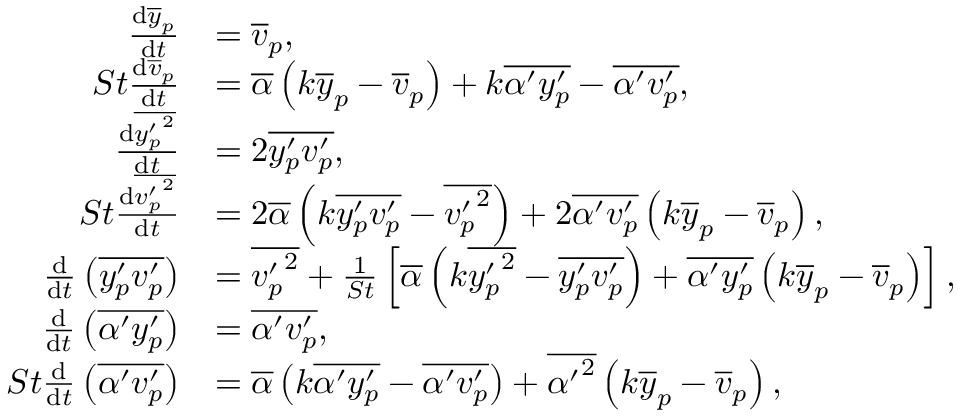
\begin{array} { r l } { \frac { \mathrm { d } \overline { { y } } _ { p } } { \mathrm { d } t } } & { = \overline { { v } } _ { p } , } \\ { S t \frac { \mathrm { d } \overline { { v } } _ { p } } { \mathrm { d } t } } & { = \overline { { \alpha } } \left( k \overline { { y } } _ { p } - \overline { { v } } _ { p } \right) + k \overline { { \alpha ^ { \prime } y _ { p } ^ { \prime } } } - \overline { { \alpha ^ { \prime } v _ { p } ^ { \prime } } } , } \\ { \frac { \mathrm { d } \overline { { { y _ { p } ^ { \prime } } ^ { 2 } } } } { \mathrm { d } t } } & { = 2 \overline { { y _ { p } ^ { \prime } v _ { p } ^ { \prime } } } , } \\ { S t \frac { \mathrm { d } \overline { { { v _ { p } ^ { \prime } } ^ { 2 } } } } { \mathrm { d } t } } & { = 2 \overline { { \alpha } } \left( k \overline { { y _ { p } ^ { \prime } v _ { p } ^ { \prime } } } - \overline { { { v _ { p } ^ { \prime } } ^ { 2 } } } \right) + 2 \overline { { \alpha ^ { \prime } v _ { p } ^ { \prime } } } \left( k \overline { { y } } _ { p } - \overline { { v } } _ { p } \right) , } \\ { \frac { \mathrm { d } } { \mathrm { d } t } \left( \overline { { y _ { p } ^ { \prime } v _ { p } ^ { \prime } } } \right) } & { = \overline { { { v _ { p } ^ { \prime } } ^ { 2 } } } + \frac { 1 } { S t } \left[ \overline { { \alpha } } \left( k \overline { { { y _ { p } ^ { \prime } } ^ { 2 } } } - \overline { { y _ { p } ^ { \prime } v _ { p } ^ { \prime } } } \right) + \overline { { \alpha ^ { \prime } y _ { p } ^ { \prime } } } \left( k \overline { { y } } _ { p } - \overline { { v } } _ { p } \right) \right] , } \\ { \frac { \mathrm { d } } { \mathrm { d } t } \left( \overline { { \alpha ^ { \prime } y _ { p } ^ { \prime } } } \right) } & { = \overline { { \alpha ^ { \prime } v _ { p } ^ { \prime } } } , } \\ { S t \frac { \mathrm { d } } { \mathrm { d } t } \left( \overline { { \alpha ^ { \prime } v _ { p } ^ { \prime } } } \right) } & { = \overline { { \alpha } } \left( k \overline { { \alpha ^ { \prime } y _ { p } ^ { \prime } } } - \overline { { \alpha ^ { \prime } v _ { p } ^ { \prime } } } \right) + \overline { { { \alpha ^ { \prime } } ^ { 2 } } } \left( k \overline { { y } } _ { p } - \overline { { v } } _ { p } \right) , } \end{array}